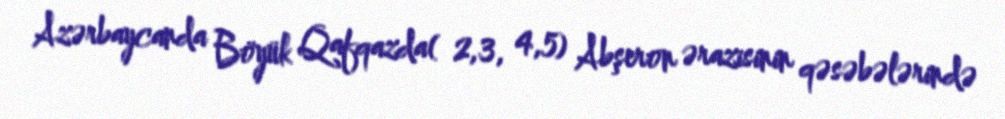
Azərbaycanda Böyük Qafqazda( 2,3, 4,5) Abşeron ərazisinin qəsəbələrində